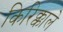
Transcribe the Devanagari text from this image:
किरिक्काले